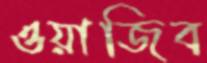
ওয়াজিব